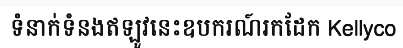
ទំនាក់ទំនងឥឡូវនេះឧបករណ៍រកដែក Kellyco